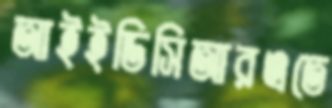
আইইডিসিআরএতে